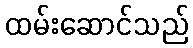
ထမ်းဆောင်သည်